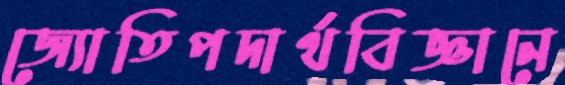
জ্যোতিপদার্থবিজ্ঞানে